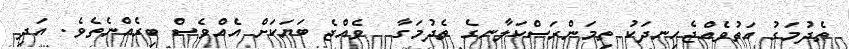
ތެދުމަގު އަތުވެއްޖެހިނދަކު ތިމަންރަސްކަލާނގެ ތެދުމަގާ  ވެއްޖެ ބަޔަކަށް އެއްވެސް ބިރެއްނެތެވެ. އަދި